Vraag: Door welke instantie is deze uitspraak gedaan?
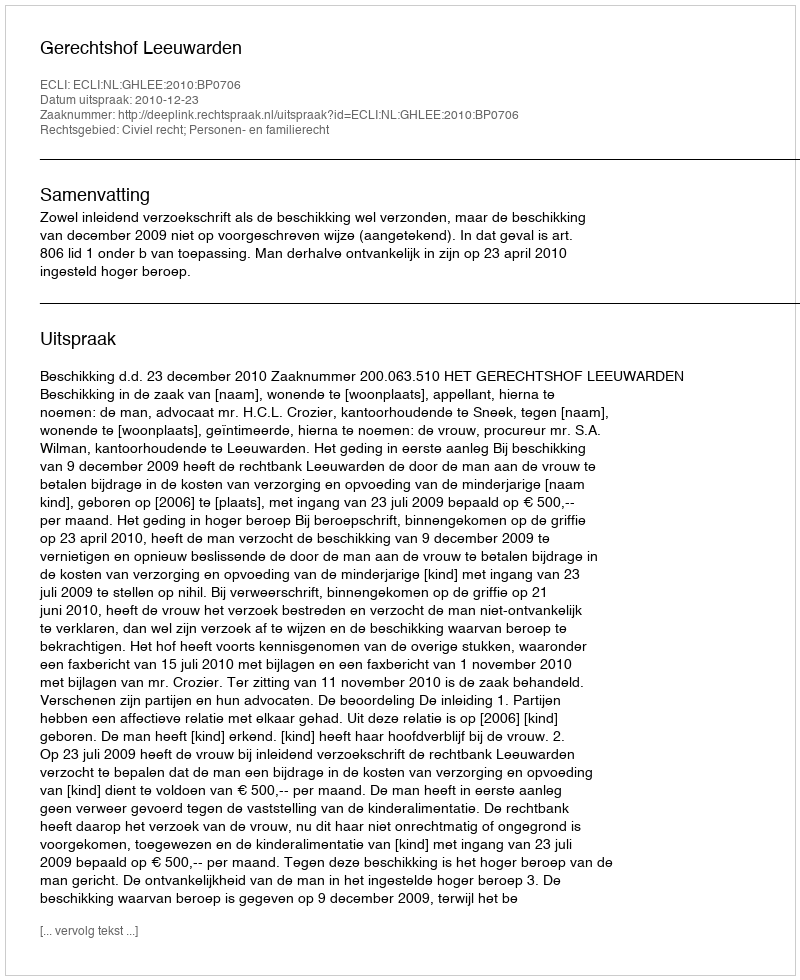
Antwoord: Gerechtshof Leeuwarden